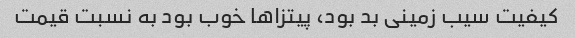
کیفیت سیب زمینی بد بود، پیتزاها خوب بود به نسبت قیمت